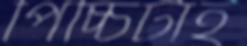
পিচ্চিটাই